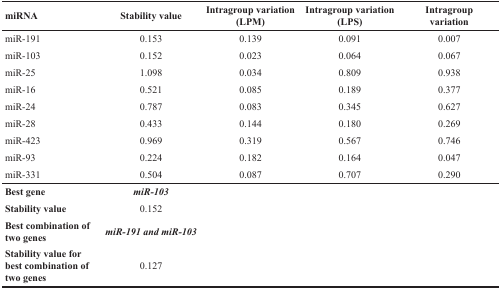
<table><thead><tr><td><b>miRNA</b></td><td><b>Stability value</b></td><td><b>Intragroup variation (LPM)</b></td><td><b>Intragroup variation(LPS)</b></td><td><b>Intragroupvariation</b></td></tr></thead><tbody><tr><td>miR-191</td><td>0.153</td><td>0.139</td><td>0.091</td><td>0.007</td></tr><tr><td>miR-103</td><td>0.152</td><td>0.023</td><td>0.064</td><td>0.067</td></tr><tr><td>miR-25</td><td>1.098</td><td>0.034</td><td>0.809</td><td>0.938</td></tr><tr><td>miR-16</td><td>0.521</td><td>0.085</td><td>0.189</td><td>0.377</td></tr><tr><td>miR-24</td><td>0.787</td><td>0.083</td><td>0.345</td><td>0.627</td></tr><tr><td>miR-28</td><td>0.433</td><td>0.144</td><td>0.180</td><td>0.269</td></tr><tr><td>miR-423</td><td>0.969</td><td>0.319</td><td>0.567</td><td>0.746</td></tr><tr><td>miR-93</td><td>0.224</td><td>0.182</td><td>0.164</td><td>0.047</td></tr><tr><td>miR-331</td><td>0.504</td><td>0.087</td><td>0.707</td><td>0.290</td></tr><tr><td><b>Best gene</b></td><td><b><i>miR-103</i></b></td><td></td><td></td><td></td></tr><tr><td><b>Stability value</b></td><td>0.152</td><td></td><td></td><td></td></tr><tr><td><b>Best combination of two genes</b></td><td><b><i>miR-191 and miR-103</i></b></td><td></td><td></td><td></td></tr><tr><td><b>Stability value for best combination of two genes</b></td><td>0.127</td><td></td><td></td><td></td></tr></tbody></table>